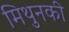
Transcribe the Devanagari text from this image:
मिथुनकी